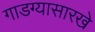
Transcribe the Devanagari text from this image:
गाडग्यासारखे